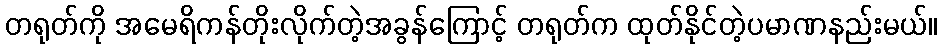
တရုတ်ကို အမေရိကန်တိုးလိုက်တဲ့အခွန်ကြောင့် တရုတ်က ထုတ်နိုင်တဲ့ပမာဏနည်းမယ်။